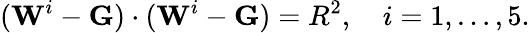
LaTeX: (\mathbf{W}^{i}-\mathbf{G})\cdot(\mathbf{W}^{i}-\mathbf{G})=R^{2},\quad i=1,\ldots,5.